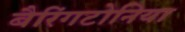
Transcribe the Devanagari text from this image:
बैरिंगटोनिया